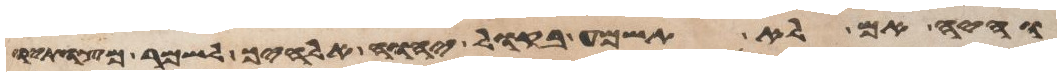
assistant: והיה אם לא תשמע בקול יהוה אלהיך לשמר מצותיו